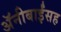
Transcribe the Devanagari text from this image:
अॅनीबाईंसह